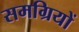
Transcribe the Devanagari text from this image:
समग्रियों